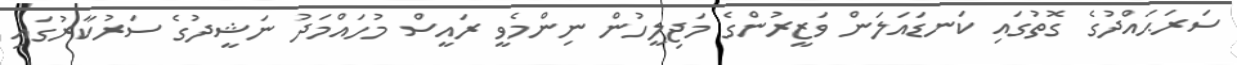
ސަރަޙައްދުގެ ގޮތުގައި ކަނޑައަލަން ވަޒީރުންގެ މަޖިލީހުން ނިންމެވީ ރައީސް މުހައްމަދު ނަޝީދުގެ ސަރުކާރުގައި